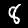
Digit: 8